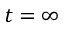
t = \infty